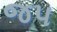
જપ